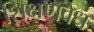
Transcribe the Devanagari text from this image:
शिक्षणवेध